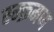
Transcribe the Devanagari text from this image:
स्म्क्रमण